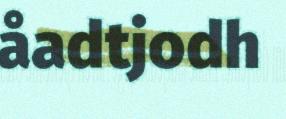
åadtjodh